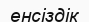
енсіздік